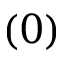
( 0 )